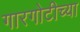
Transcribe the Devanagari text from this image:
गारगोटीच्या